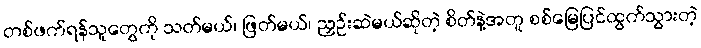
တစ်ဖက်ရန်သူတွေကို သတ်မယ်၊ ဖြတ်မယ်၊ ညှဉ်းဆဲမယ်ဆိုတဲ့ စိတ်နဲ့အတူ စစ်မြေပြင်ထွက်သွားတဲ့